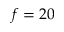
f = 2 0